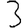
Digit: 3